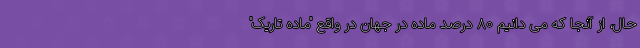
حال، از آنجا که می دانیم ۸۰ درصد ماده در جهان در واقع "ماده تاریک"